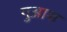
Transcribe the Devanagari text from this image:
गुआश